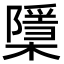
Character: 檃